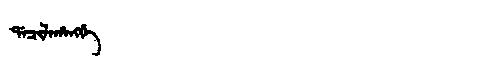
Manchu: ᡩᠠᠴᡳᠯᠠᡥᠠᠩᡤᡝ
Romanization: DACILAHANGGE